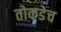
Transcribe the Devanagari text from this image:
तोकडेच